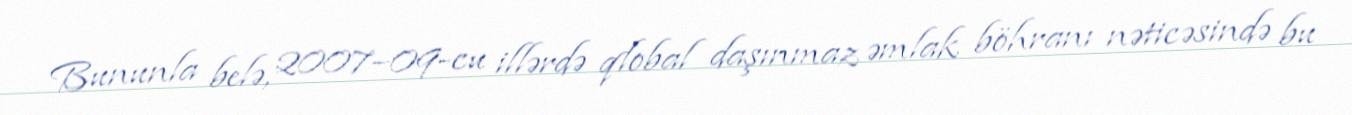
Bununla belə, 2007–09-cu illərdə qlobal daşınmaz əmlak böhranı nəticəsində bu